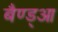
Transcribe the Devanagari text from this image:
बैण्ड्आ